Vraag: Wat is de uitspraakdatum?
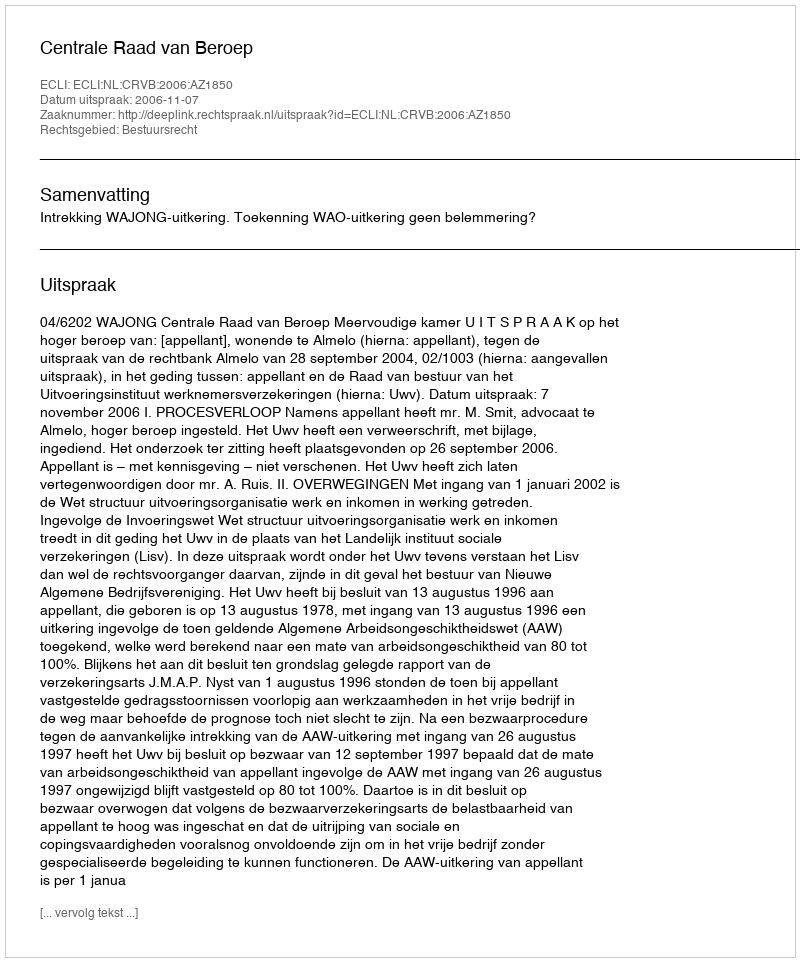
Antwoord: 2006-11-07